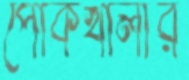
পোকখালীর